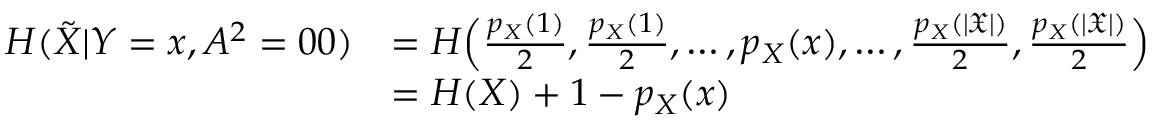
\begin{array} { r l } { H ( \Tilde { { X } } | { Y } = x , { A } ^ { 2 } = 0 0 ) } & { = H \Big ( \frac { p _ { X } ( 1 ) } { 2 } , \frac { p _ { X } ( 1 ) } { 2 } , \dots , p _ { X } ( x ) , \dots , \frac { p _ { X } ( | \mathfrak { X } | ) } { 2 } , \frac { p _ { X } ( | \mathfrak { X } | ) } { 2 } \Big ) } \\ & { = H ( X ) + 1 - p _ { X } ( x ) } \end{array}